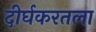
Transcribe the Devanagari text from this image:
दीर्घकरतला